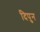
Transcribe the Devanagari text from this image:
दिपुन